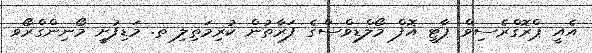
އެއީ ޕްރޮގްރެސިވް ޕާޓީ އޮފް މޯލްޑިވްސްގެ ފަރާތުން ކުރިމަތިލި ތ. މަޑިފުށީ މޯނިންގްރޯވ